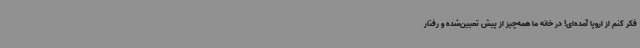
فکر کنم از اروپا آمده‌ای! در خانه ما همه‌چیز از پیش تعیین‌شده و رفتار